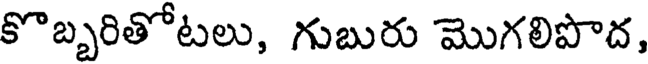
కొబ్బరితోటలు, గుబురు మొగలిపొద,